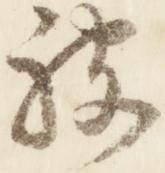
被